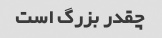
چقدر بزرگ است